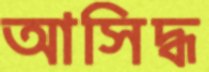
আসিদ্ধ